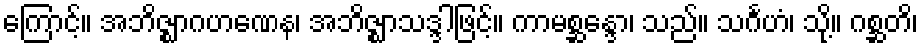
ကြောင့်။ အဘိဇ္ဈာဂဟဏေန၊ အဘိဇ္ဈာသဒ္ဒါဖြင့်။ ကာမစ္ဆန္ဒော၊ သည်။ သင်္ဂဟံ၊ သို့။ ဂစ္ဆတိ၊